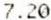
7.20